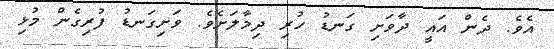
އެވެ. ދެން އައީ ދާވަށި ގަނޑު ހުރި ދިމާލަށެވެ. ވަށިގަނޑު ފުރިގެން މުޅި